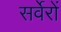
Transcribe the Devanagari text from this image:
सर्वेरों